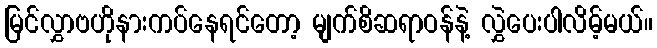
မြင်လွှာဗဟိုနားကပ်နေရင်တော့ မျက်စိဆရာဝန်နဲ့ လွှဲပေးပါလိမ့်မယ်။